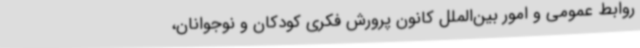
روابط عمومی و امور بین‌الملل کانون پرورش فکری کودکان و نوجوانان،